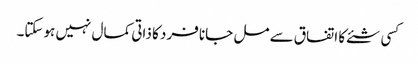
کسی شئے کا اتفاق سے مل جانا فرد کا ذاتی کمال نہیں ہوسکتا۔